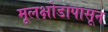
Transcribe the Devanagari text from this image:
मूलक्षोडापासून